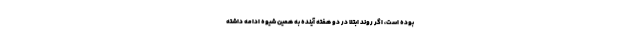
بوده است، اگر روند ابتلا در دو هفته آینده به همین شیوه ادامه داشته